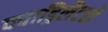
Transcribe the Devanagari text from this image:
क्वाड्रिलैटरो